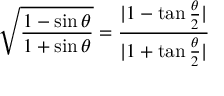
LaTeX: { \sqrt { \frac { 1 - \sin \theta } { 1 + \sin \theta } } } = { \frac { | 1 - \tan { \frac { \theta } { 2 } } | } { | 1 + \tan { \frac { \theta } { 2 } } | } }